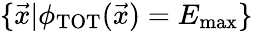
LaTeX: \{ \vec{x}|\phi_{\textrm{TOT}}(\vec{x})=E_{\textrm{max}}\}